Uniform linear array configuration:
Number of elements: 24
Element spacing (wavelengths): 0.25
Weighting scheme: uniform
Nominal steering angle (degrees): -45
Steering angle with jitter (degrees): -46.292
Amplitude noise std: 0.05
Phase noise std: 0.05

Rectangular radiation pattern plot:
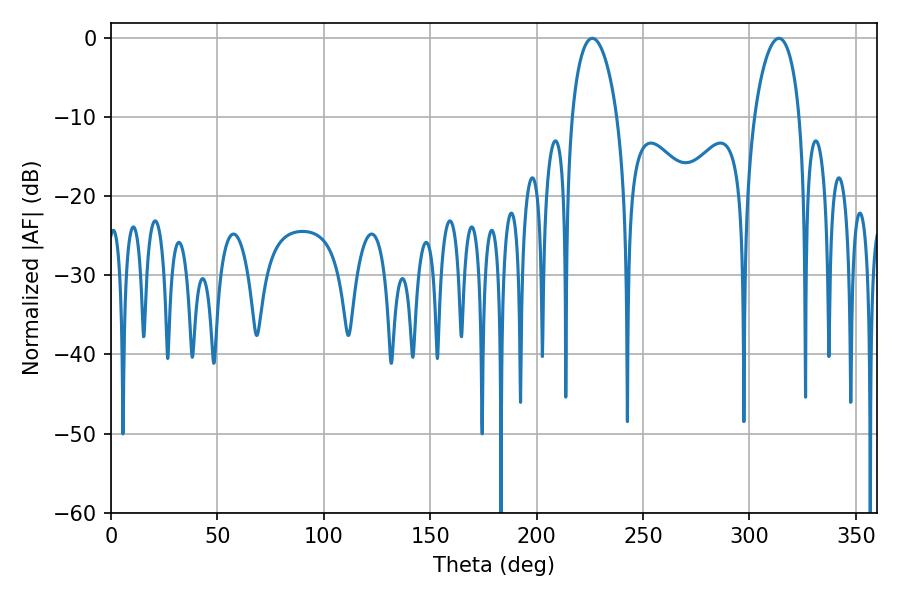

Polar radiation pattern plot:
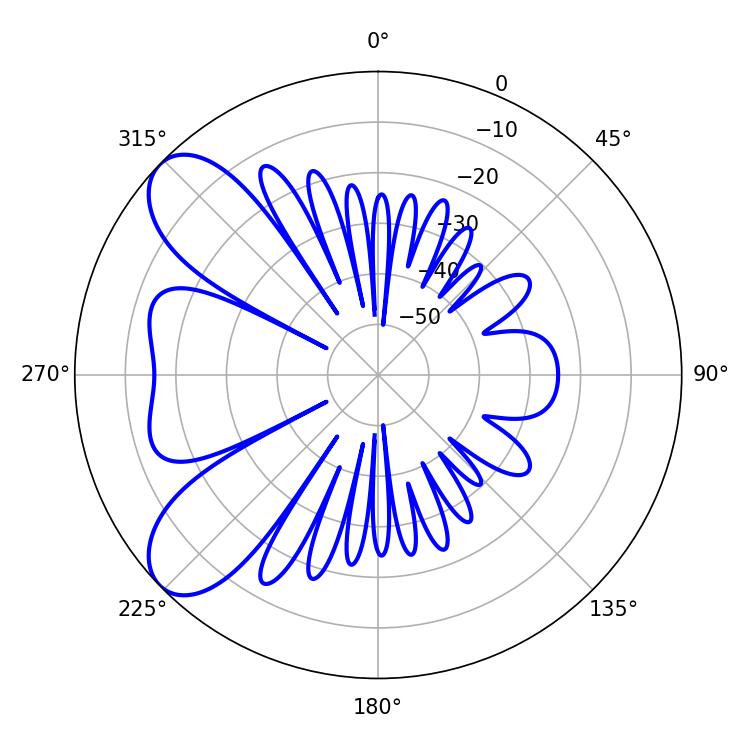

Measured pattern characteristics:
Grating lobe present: FALSE
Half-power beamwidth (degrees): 12.06
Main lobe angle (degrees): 226.08